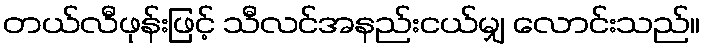
တယ်လီဖုန်းဖြင့် သီလင်အနည်းငယ်မျှ လောင်းသည်။